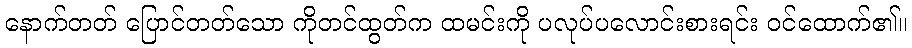
နောက်တတ် ပြောင်တတ်သော ကိုတင်ထွတ်က ထမင်းကို ပလုပ်ပလောင်းစားရင်း ဝင်ထောက်၏။